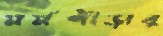
মর্মপীড়ার